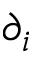
\partial _ { i }